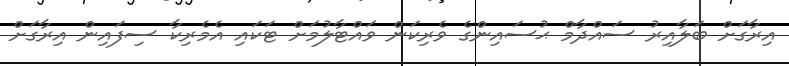
އިރާގަށް ބަލާއިރު ސައްދާމް ޙުސައިންގެ ވެރިކަން ވައްޓާލުމަށް ޓަކައި އެމެރިކާ ސިފައިން އިރާގަށް